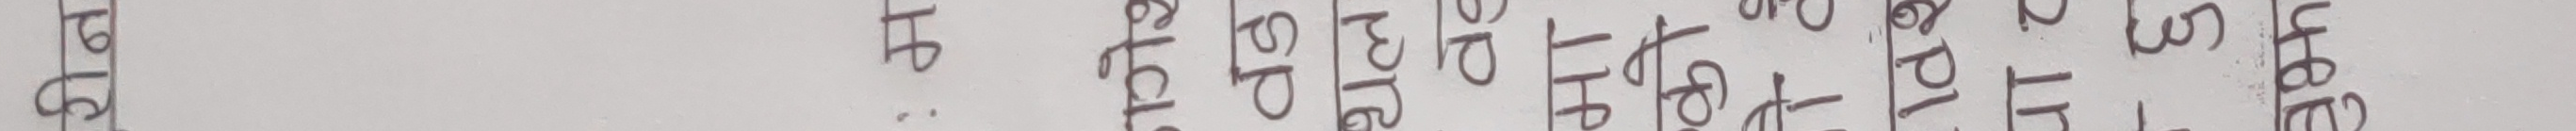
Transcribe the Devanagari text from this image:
१८ स्टेट लेजिस्लेचर